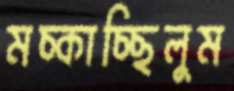
মচ্‌কাচ্ছিলুম